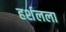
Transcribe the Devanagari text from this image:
हर्शलला